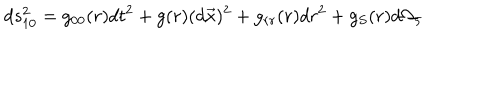
LaTeX: d s _ { 1 0 } ^ { 2 } = g _ { 0 0 } ( r ) d t ^ { 2 } + g ( r ) ( d \vec { x } ) ^ { 2 } + g _ { r r } ( r ) d r ^ { 2 } + g _ { S } ( r ) d \Omega _ { 5 }